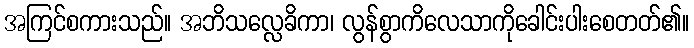
အကြင်စကားသည်။ အဘိသလ္လေခိကာ၊ လွန်စွာကိလေသာကိုခေါင်းပါးစေတတ်၏။